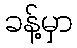
ခန့်မှာ